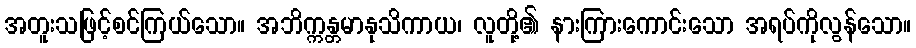
အတူးသဖြင့်စင်ကြယ်သော။ အဘိက္ကန္တမာနုသိကာယ၊ လူတို့၏ နားကြားကောင်းသော အရပ်ကိုလွန်သော။